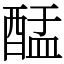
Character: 䣿